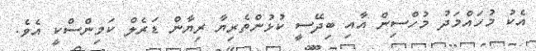
އެކު މުހައްމަދު މުހްސިން އާއި ބިދޭސީ ކުޅުންތެރިޔާ ރިޔާން ޑަރެލް ކަމިންސްކީ އެވެ.